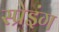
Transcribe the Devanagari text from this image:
स्प्रेइंग